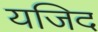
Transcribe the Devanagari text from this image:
यजिद